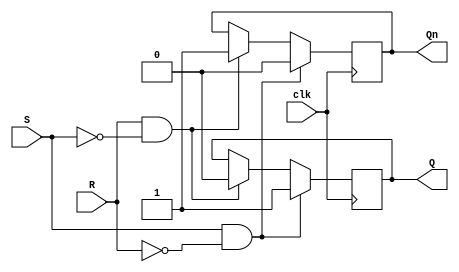
module SR_flip_flop (
    input S, 
    input R, 
    input clk,
    output reg Q, 
    output reg Qn
);

always @(posedge clk) begin
    if (S & ~R) begin
        Q <= 1;
        Qn <= 0;
    end else if (R & ~S) begin
        Q <= 0;
        Qn <= 1;
    end
end

endmodule